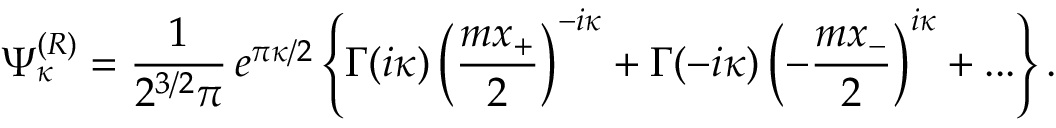
\Psi _ { \kappa } ^ { ( R ) } = \frac 1 { 2 ^ { 3 / 2 } \pi } \, e ^ { \pi \kappa / 2 } \left\{ \Gamma ( i \kappa ) \left( \frac { m x _ { + } } 2 \right) ^ { - i \kappa } + \Gamma ( - i \kappa ) \left( - \frac { m x _ { - } } 2 \right) ^ { i \kappa } + . . . \right\} .